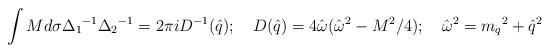
LaTeX: \begin{align*}\int Md{\sigma}{\Delta_1}^{-1} {\Delta_2}^{-1} = 2{\pi}i D^{-1}({\hat q});\quad D({\hat q}) = 4{\hat \omega}({\hat \omega}^2 - M^2/4);\quad {\hat \omega}^2 = {m_q}^2 + {\hat q}^2\end{align*}